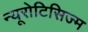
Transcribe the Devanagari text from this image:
न्यूरोटिसिज्म